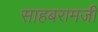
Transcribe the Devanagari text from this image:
साहबरामजी